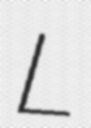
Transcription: L